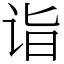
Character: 诣